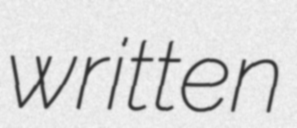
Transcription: written